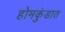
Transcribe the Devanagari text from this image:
होमकुंडात